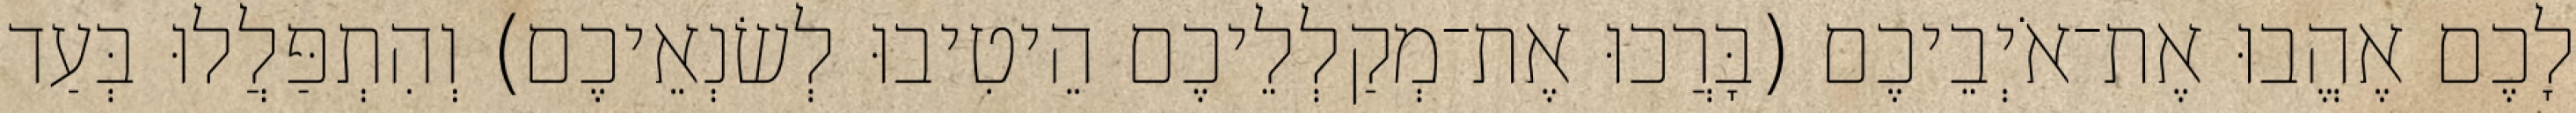
לָכֶם אֶהֱבוּ אֶת־אֹיְבֵיכֶם (בָּרֲכוּ אֶת־מְקַלְלֵיכֶם הֵיטִיבוּ לְשׂנְאֵיכֶם) וְהִתְפַּלֲלוּ בְּעַד